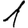
Digit: 1